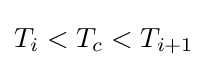
T_{i}<T_{c}<T_{i+1}